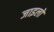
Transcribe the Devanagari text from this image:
जाइलो